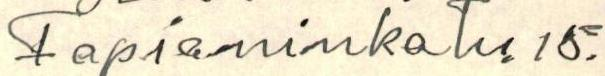
Fapianinkatu 15.